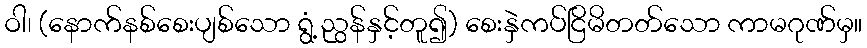
ဝါ၊ (နောက်နစ်စေးပျစ်သော ရွံ့ညွန်နှင့်တူ၍) စေးနှဲကပ်ငြိမိတတ်သော ကာမဂုဏ်မှ။